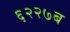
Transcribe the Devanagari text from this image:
६२२७ब